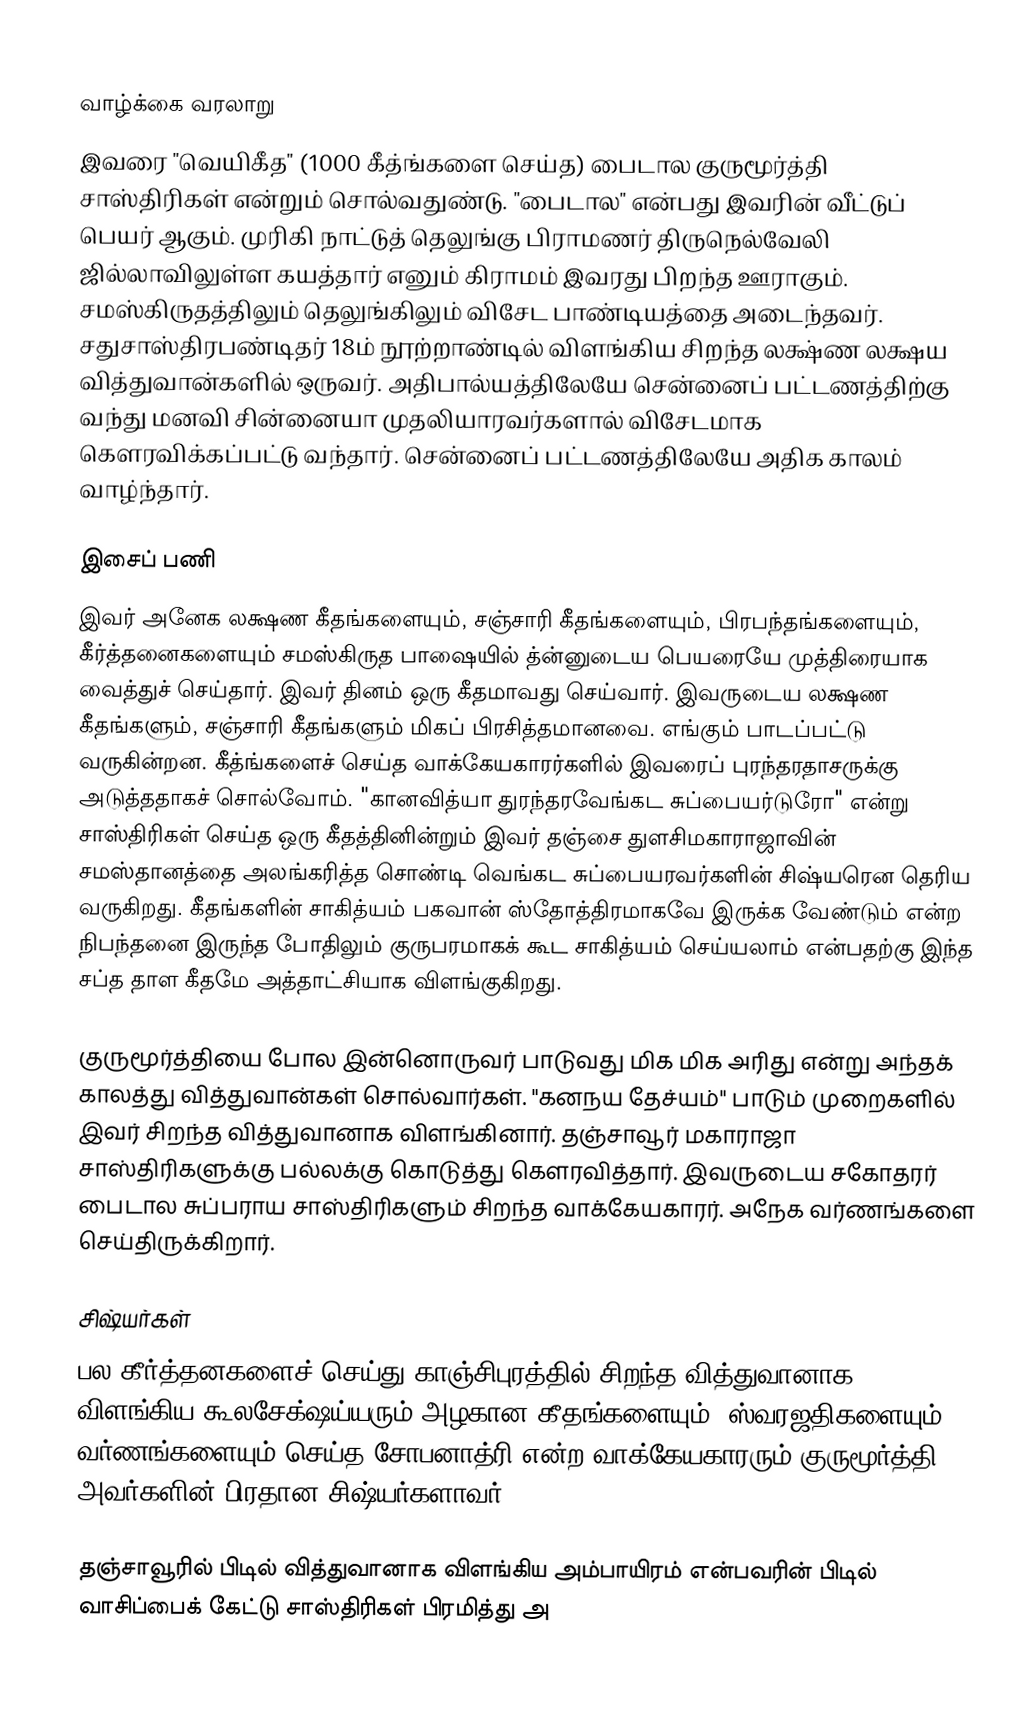

வாழ்க்கை வரலாறு
	இவரை "வெயிகீத"  (1000 கீத்ங்களை செய்த) பைடால குருமூர்த்தி சாஸ்திரிகள் என்றும் சொல்வதுண்டு. "பைடால" என்பது இவரின் வீட்டுப் பெயர் ஆகும். முரிகி நாட்டுத் தெலுங்கு பிராமணர் திருநெல்வேலி ஜில்லாவிலுள்ள கயத்தார் எனும் கிராமம் இவரது பிறந்த ஊராகும். சமஸ்கிருதத்திலும் தெலுங்கிலும் விசேட பாண்டியத்தை அடைந்தவர். சதுசாஸ்திரபண்டிதர் 18ம் நூற்றாண்டில் விளங்கிய சிறந்த லக்ஷ்ண லக்ஷய வித்துவான்களில் ஒருவர். அதிபால்யத்திலேயே சென்னைப் பட்டணத்திற்கு வந்து மனவி சின்னையா முதலியாரவர்களால் விசேடமாக கெளரவிக்கப்பட்டு வந்தார். சென்னைப் பட்டணத்திலேயே அதிக காலம் வாழ்ந்தார்.

இசைப் பணி
	இவர் அனேக லக்ஷண கீதங்களையும், சஞ்சாரி கீதங்களையும், பிரபந்தங்களையும், கீர்த்தனைகளையும் சமஸ்கிருத பாஷையில் த்ன்னுடைய பெயரையே முத்திரையாக வைத்துச் செய்தார். இவர் தினம் ஒரு கீதமாவது செய்வார். இவருடைய லக்ஷண கீதங்களும், சஞ்சாரி கீதங்களும் மிகப் பிரசித்தமானவை. எங்கும் பாடப்பட்டு வருகின்றன. கீத்ங்களைச் செய்த வாக்கேயகாரர்களில் இவரைப் புரந்தரதாசருக்கு அடுத்ததாகச் சொல்வோம். "கானவித்யா துரந்தரவேங்கட சுப்பையர்டுரோ" என்று சாஸ்திரிகள் செய்த ஒரு கீதத்தினின்றும் இவர் தஞ்சை துளசிமகாராஜாவின் சமஸ்தானத்தை அலங்கரித்த சொண்டி வெங்கட சுப்பையரவர்களின் சிஷ்யரென தெரிய வருகிறது. கீதங்களின் சாகித்யம் பகவான் ஸ்தோத்திரமாகவே இருக்க வேண்டும் என்ற நிபந்தனை இருந்த போதிலும் குருபரமாகக் கூட சாகித்யம் செய்யலாம் என்பதற்கு இந்த சப்த தாள கீதமே அத்தாட்சியாக விளங்குகிறது.

	குருமூர்த்தியை போல இன்னொருவர் பாடுவது மிக மிக அரிது என்று அந்தக் காலத்து வித்துவான்கள் சொல்வார்கள். "கனநய தேச்யம்" பாடும் முறைகளில் இவர் சிறந்த வித்துவானாக விளங்கினார். தஞ்சாவூர் மகாராஜா சாஸ்திரிகளுக்கு பல்லக்கு கொடுத்து கெளரவித்தார். இவருடைய சகோதரர் பைடால சுப்பராய சாஸ்திரிகளும் சிறந்த வாக்கேயகாரர். அநேக வர்ணங்களை செய்திருக்கிறார்.

சிஷ்யர்கள்
	பல கீர்த்தனகளைச் செய்து காஞ்சிபுரத்தில் சிறந்த வித்துவானாக விளங்கிய கூலசேக்ஷய்யரும் அழகான கீதங்களையும், ஸ்வரஜதிகளையும், வர்ணங்களையும் செய்த சோபனாத்ரி என்ற வாக்கேயகாரரும் குருமூர்த்தி அவர்களின் பிரதான சிஷ்யர்களாவர்.

	  தஞ்சாவூரில் பிடில் வித்துவானாக விளங்கிய அம்பாயிரம் என்பவரின் பிடில் வாசிப்பைக் கேட்டு சாஸ்திரிகள் பிரமித்து அ